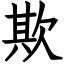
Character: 欺